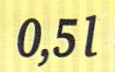
0,5l